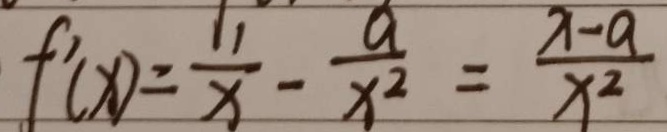
f ^ { \prime } ( x ) = \frac { 1 1 } { x } - \frac { a } { x ^ { 2 } } = \frac { x - a } { x ^ { 2 } }